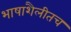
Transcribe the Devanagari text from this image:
भाषाशैलीतच